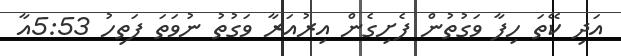
އަދި ކޭތަ ހިފާ ވަގުތުން ފެށިގެން އިރުއަރާ ވަގުތު ނުވަތަ ފަތިހު 5:53އާ